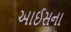
આઈસના